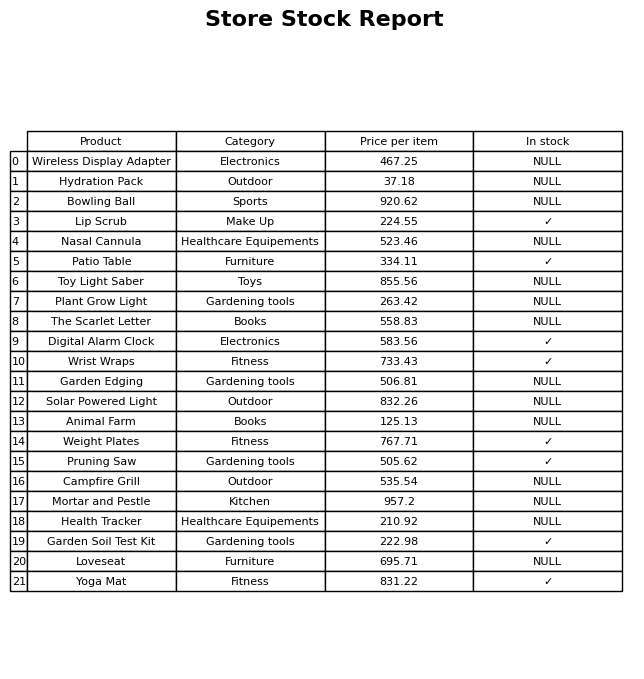
question: Which products are available in stock?
answer: Lip Scrub, Patio Table, Digital Alarm Clock, Wrist Wraps, Weight Plates, Pruning Saw, Garden Soil Test Kit, Yoga Mat